Investigations into the jail dietaries of the United Provinces with some observations on the influence of dietary on the physical development and well-being of the people of the United Provinces - Number 48
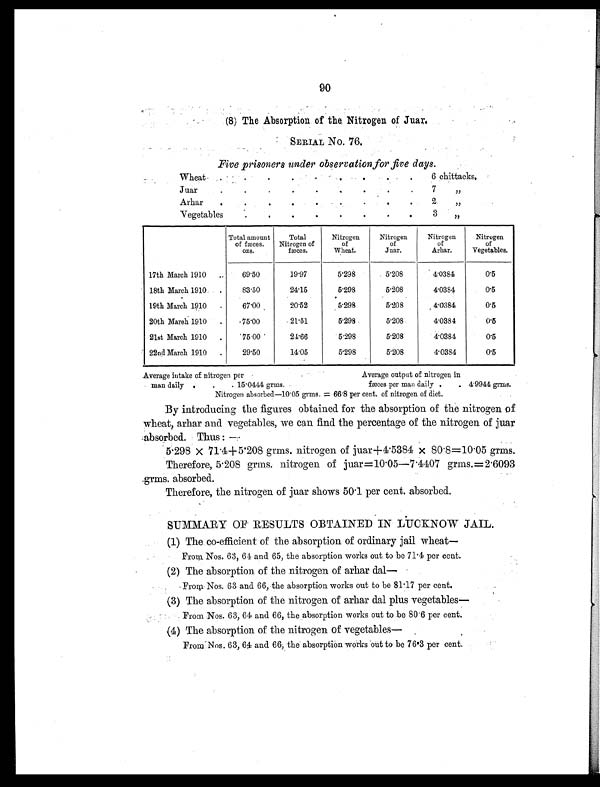
90
( 8 ) T h e A b s o r p t i o n o f t h e N i t r o g e n o f J u a r .
SERIAL No. 76.
Five prisoners under observation for five days.
Wheat
. .
.
.
. .
.
. .
6 chittacks.
Juar
.
.
.
.
.
.
.
.
7
„
Arhar .
.
.
.
.
.
.
.
.
2
„
Vegetables
.
.
.
.
.
.
.
.
3
,,
Total amount
of fæces.
ozs.
Total
Nitrogen of
fæces.
Nitrogen
of
Wheat.
Nitrogen
of
Juar.
Nitrogen
of
Arhar.
Nitrogen
of
Vegetables.
17th March 1910 .
69.50
19.97
5.298
5.208
4.0384
0.5
18th March 1910 .
83.50
24.15
5.298
5.208
4.0384
0.5
19th March 1910 .
67.00
20.52
5.298
5.208
4.0384
0.5
20th March 1910
.
75.00
21.51
5.298
5.208
4.0384
0.5
21st March 1910 .
75.00
24.66
5.298
5.208
4.0384
0.5
22nd March 1910 .
29.50
14.05
5.298
5.208
4.0384
0.5
Average intake of nitrogen per
Average output of nitrogen in
man daily .
.
. 15.0444 grms.
fæces per man daily .
. 4.9944 grms.
Nitrogen absorbed—10.05 grms. = 66.8 per cent. of nitrogen of diet.
By introducing the figures obtained for the absorption of the nitrogen of
wheat, arhar and vegetables, we can find the percentage of the nitrogen of juar
absorbed. Thus:—
5 . 2 9 8 × 7 1 . 4 + 5 . 2 0 8 g r m s . n i t r o g e n o f j u a r + 4 . 5 3 8 4 × 8 0 . 8 = 1 0 . 0 5 g r m s .
Therefore, 5.208 grms. nitrogen of juar=10.05—7.4407 grms.=2.6093
grms. absorbed.
Therefore, the nitrogen of juar shows 50.1 per cent. absorbed.
SUMMARY OF RESULTS OBTAINED IN LUCKNOW JAIL.
(1) The co-efficient of the absorption of ordinary jail wheat —
From Nos. 63, 64 and 65, the absorption works out to be 71.4 per cent.
(2) The absorption of the nitrogen of arhar dal
—
From Nos. 63 and 66, the absorption works out to be 81.17 per cent.
(3) The absorption of the nitrogen of arhar dal plus vegetables —
From Nos. 63, 64 and 66, the absorption works out to be 80.6 per cent.
(4) The absorption of the nitrogen of vegetables
—
From Nos. 63, 64 and 66, the absorption works out to be 76.3 per cent.